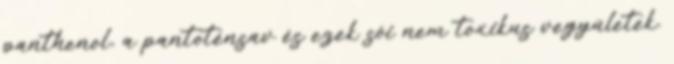
panthenol, a pantoténsav és ezek sói nem toxikus vegyületek.